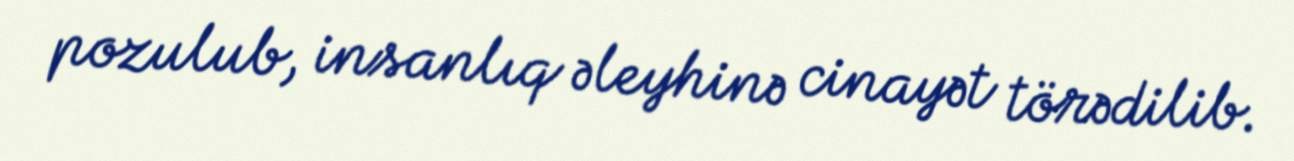
pozulub, insanlıq əleyhinə cinayət törədilib.